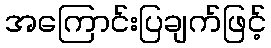
အကြောင်းပြချက်ဖြင့်